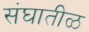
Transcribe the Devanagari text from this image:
संघातीळ